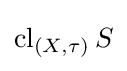
\operatorname {cl} _{(X,\tau )}S